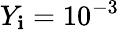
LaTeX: Y_{\mathbf{i}}=10^{-3}